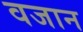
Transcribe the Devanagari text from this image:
वजान